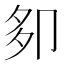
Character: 卶